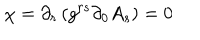
\chi = \partial _ { r } \left( g ^ { r s } \partial _ { 0 } A _ { s } \right) = 0